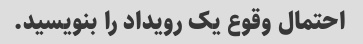
احتمال وقوع یک رویداد را بنویسید.